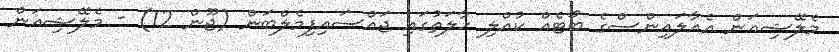
މެލޭޝިއަން އެއާލައިންސްގެ ބޯޓެއް ކުއްލި ހާލަތުގައި ޖައްސައިފިމެލްބަން (ޖޫން 12) - މެލޭޝިއަން